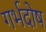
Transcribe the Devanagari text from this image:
गर्भदोष